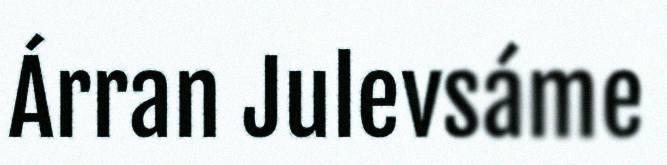
Árran Julevsáme